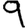
Digit: 9